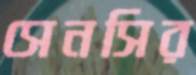
সেনসির